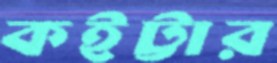
কইট্টার